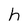
Character: h